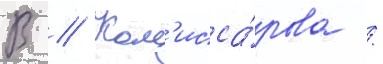
В // Ком'исса́рова /